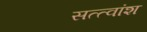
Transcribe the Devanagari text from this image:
सत्त्वांश